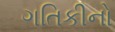
ગતિકીનો